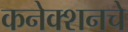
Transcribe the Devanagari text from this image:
कनेक्शनचे